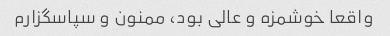
واقعا خوشمزه و عالی بود، ممنون و سپاسگزارم